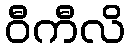
ဝီကီလိ